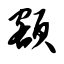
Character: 额